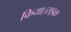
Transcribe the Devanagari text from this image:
किया।सड़क